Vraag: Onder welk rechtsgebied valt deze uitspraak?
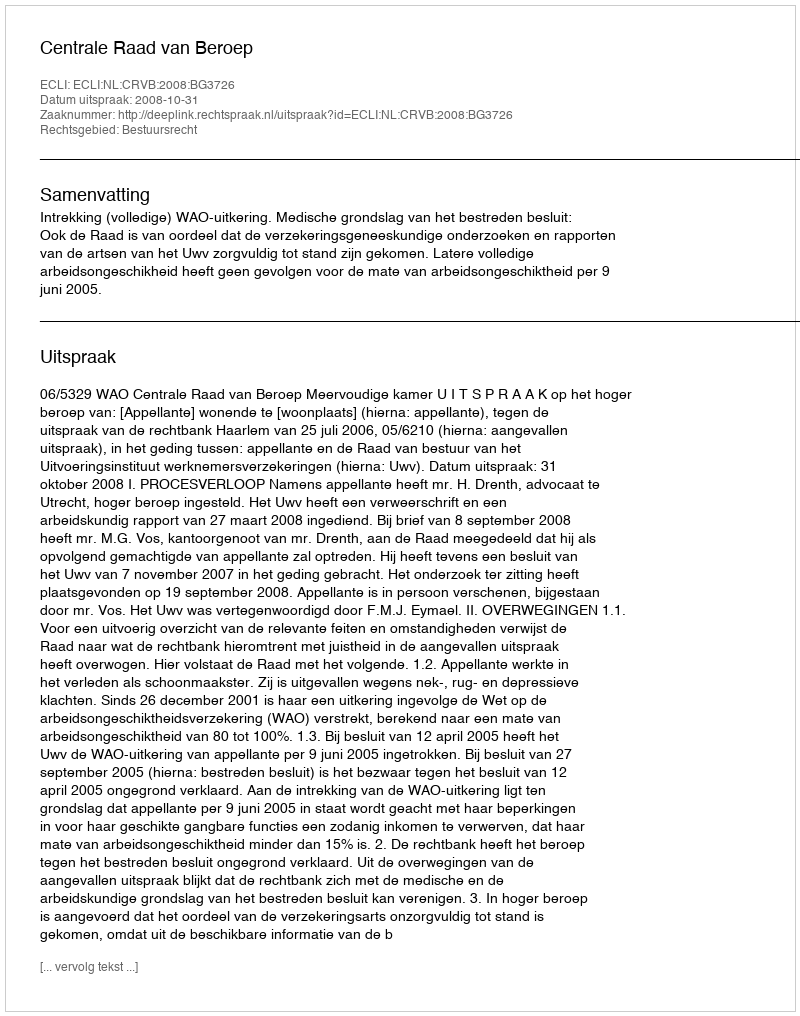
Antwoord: Bestuursrecht